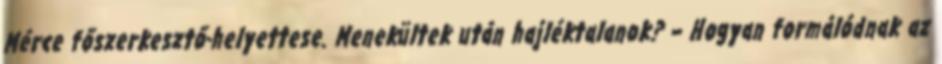
Mérce főszerkesztő-helyettese. Menekültek után hajléktalanok? – Hogyan formálódnak az